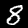
Digit: 8